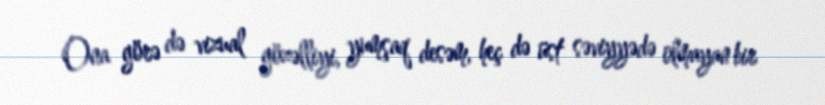
Ona görə də vizual gözəlliyi, yumşaq desəm, heç də üst səviyyədə olmayan bir